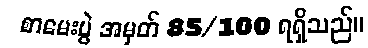
စာမေးပွဲ အမှတ် 85/100 ရရှိသည်။